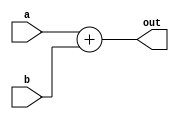
module Adder(
	input [63:0] a,b, 
	output wire [63:0] out
);
	assign out = a + b;
endmodule